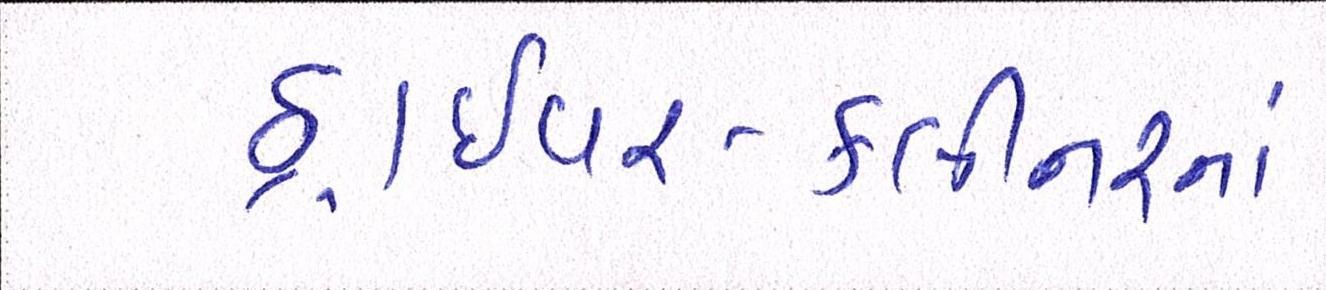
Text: ડ્રાઈવર-ક્લીનરનાં